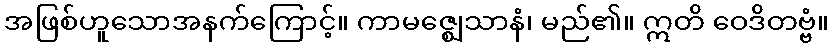
အဖြစ်ဟူသောအနက်ကြောင့်။ ကာမဇ္ဈေသာနံ၊ မည်၏။ ဣတိ ဝေဒိတဗ္ဗံ။